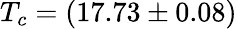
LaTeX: T_{c}=(17.73\pm 0.08)